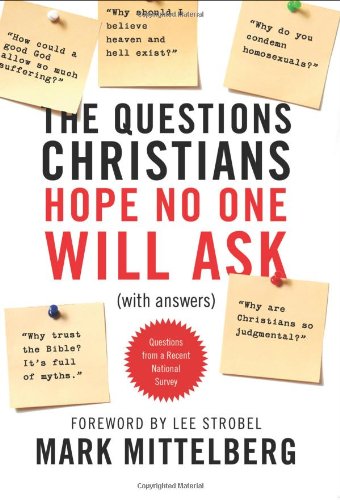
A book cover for The Questions Christians Hope No One Will Ask: (With Answers); Mark Mittelberg; Christian Books & Bibles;